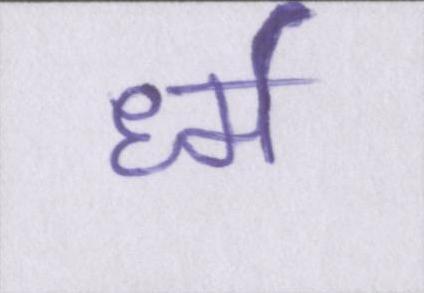
र्ध्म